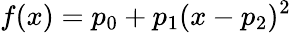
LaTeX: f(x)=p_{0}+p_{1}(x-p_{2})^{2}